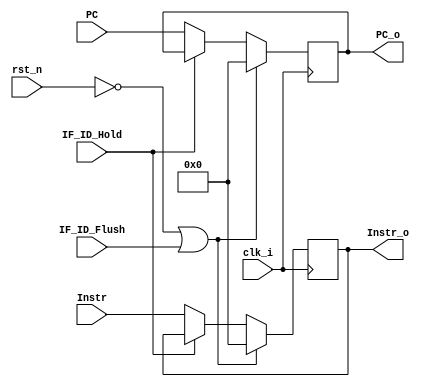
module IF_ID_Stage( clk_i, rst_n , PC , Instr , IF_ID_Hold , IF_ID_Flush ,
                        PC_o , Instr_o );

input           clk_i;
input           rst_n;
input[15:0]     PC;
input[15:0]     Instr;
input           IF_ID_Hold;
input           IF_ID_Flush;

output[15:0]    PC_o;
output[15:0]    Instr_o;        

reg[15:0]       PC_o;
reg[15:0]       Instr_o;

always @ (posedge clk_i ) begin
    if( ~rst_n | IF_ID_Flush) begin
        PC_o <=  0;
        Instr_o <= 0;
    end
    else begin
        if( ~IF_ID_Hold)
            begin
                PC_o <= PC;
                Instr_o <= Instr;
            end
    end
end
endmodule